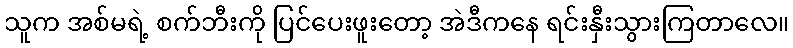
သူက အစ်မရဲ့ စက်ဘီးကို ပြင်ပေးဖူးတော့ အဲဒီကနေ ရင်းနှီးသွားကြတာလေ။